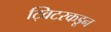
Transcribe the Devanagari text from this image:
ट्विटरकडून